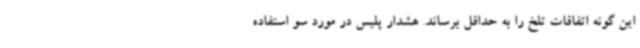
این گونه اتفاقات تلخ را به حداقل برساند. هشدار پلیس در مورد سو استفاده